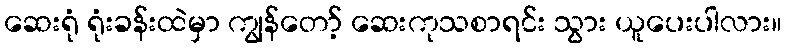
ဆေးရုံ ရုံးခန်းထဲမှာ ကျွန်တော့် ဆေးကုသစာရင်း သွား ယူပေးပါလား။